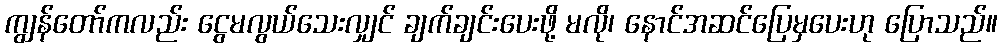
ကျွန်တော်ကလည်း ငွေမလွယ်သေးလျှင် ချက်ချင်းပေးဖို့ မလို၊ နောင်အဆင်ပြေမှပေးဟု ပြောသည်။